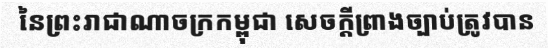
នៃព្រះរាជាណាចក្រកម្ពុជា សេចក្តីព្រាងច្បាប់ត្រូវបាន